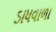
ડાધવાળા